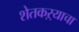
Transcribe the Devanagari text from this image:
शेतकऱ्याचा